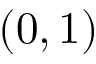
( 0 , 1 )